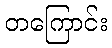
တကြောင်း